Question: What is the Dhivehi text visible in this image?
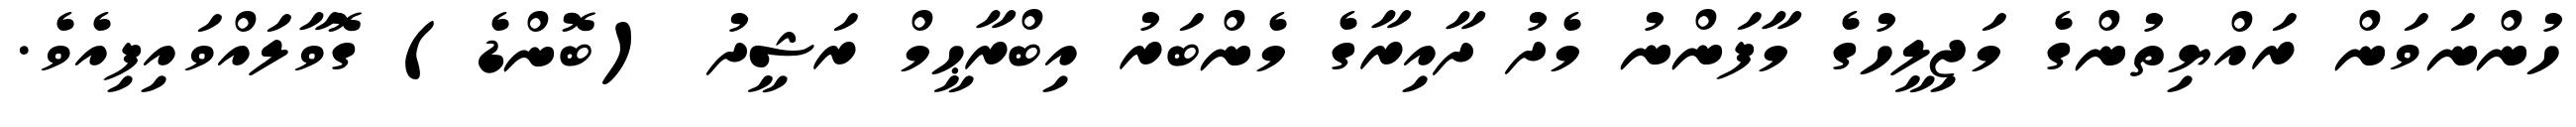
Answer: ހުންނަވަން ރައްޔިތުންގެ މަޖިލީހުގެ މާފަންނު މެދު ދާއިރާގެ މެންބަރު އިބްރާޙީމް ރަޝީދު (ބޮންޑެ) ގޮވާލައްވައިފިއެވެ.